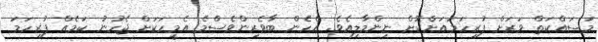
މަސައްކަތް ވަރަށް ފުރިހަމައަށްކޮށް ނިންމާލިއެވެ. އެހެން ބާވެރިންވެސްމެ އެމީހަކަށް ޖެހުނު ކަމެއް ފުރިހަމަ